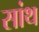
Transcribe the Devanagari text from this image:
सांथ